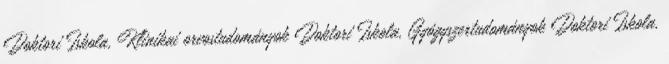
Doktori Iskola, Klinikai orvostudományok Doktori Iskola, Gyógyszertudományok Doktori Iskola,